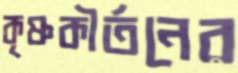
কৃষ্ণকীর্তনের